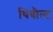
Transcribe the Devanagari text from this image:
थिबौल्ट